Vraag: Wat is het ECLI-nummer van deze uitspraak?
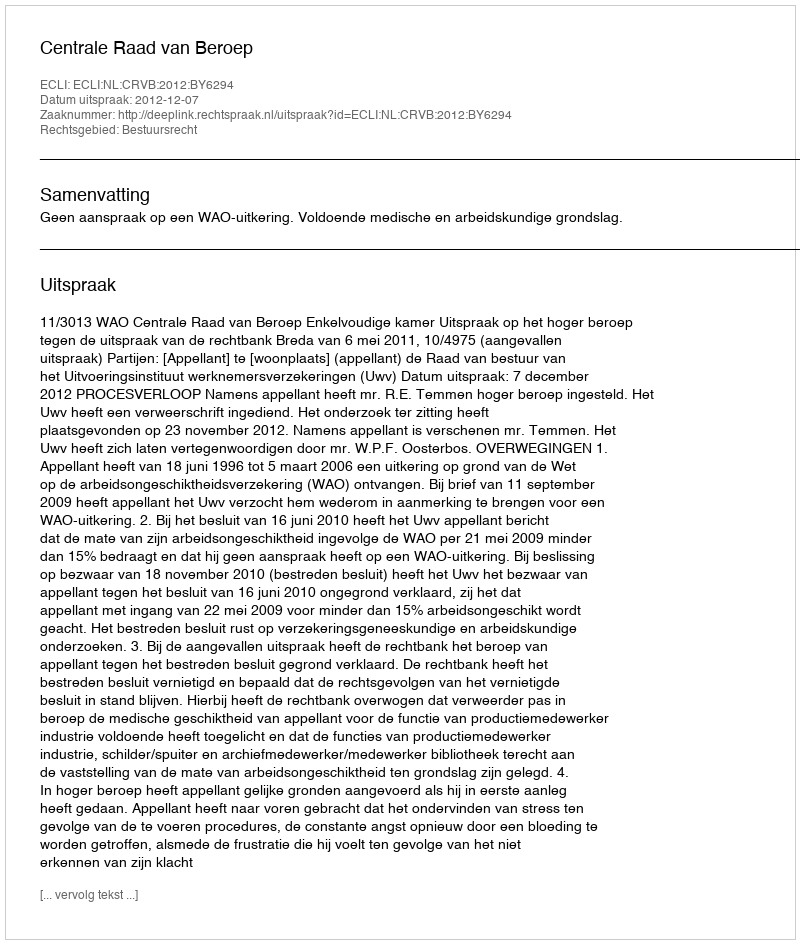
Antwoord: ECLI:NL:CRVB:2012:BY6294